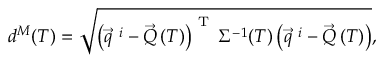
d ^ { M } ( T ) = \sqrt { \left( \vec { q } ^ { \ i } - \vec { Q } \left( T \right) \right) ^ { \textrm { T } } \Sigma ^ { - 1 } ( T ) \left( \vec { q } ^ { \ i } - \vec { Q } \left( T \right) \right) } ,